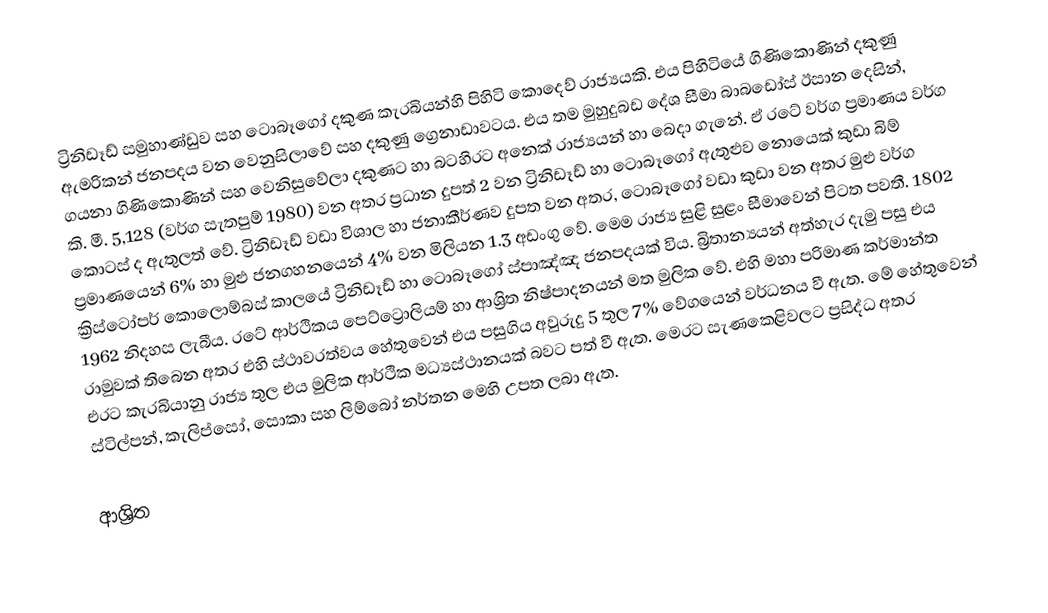
ට්‍රිනිඩෑඩ් සමුහාණ්ඩුව සහ ටොබෑගෝ දකුණ කැරබියන්හි පිහිටි කොදෙව් රාජ්‍යයකි. එය පිහිටියේ ගිණිකොණින් දකුණු ඇමරිකන් ජනපදය වන වෙනුසිලාවේ සහ දකුණු ග්‍රෙනාඩාවටය. එය තම මුහුදුබඩ දේශ සීමා බාබඩෝස් ඊසාන දෙසින්, ගයනා ගිණිකොණින් සහ වෙනිසුවේලා දකුණට හා බටහිරට අනෙක් රාජ්‍යයන් හා බෙදා ගැනේ. ඒ රටේ වර්ග ප්‍රමාණය වර්ග කි. මී. 5,128 (වර්ග සැතපුම් 1980) වන අතර ප්‍රධාන ‍දුපත් 2 වන ට්‍රිනිඩෑඩ් හා ටොබෑගෝ ඇතුළුව නොයෙක් කුඩා බිම් කොටස් ද ඇතුලත් වේ. ට්‍රිනිඩෑඩ් වඩා විශාල හා ජනාකීර්ණව දුපත වන අතර, ටොබෑගෝ වඩා කුඩා වන අතර මුළු වර්ග ප්‍රමාණයෙන් 6% හා මුළු ජනගහනයෙන් 4% වන මිලියන 1.3 අඩංගු වේ. මෙම රාජ්‍ය සුළි සුළං සීමාවෙන් පිටත පවතී. 1802 ක්‍රිස්ටෝපර් කොලොම්බස් කාලයේ ට්‍රිනිඩෑඩ් හා ‍ටොබෑගෝ ස්පාඤ්ඤ ජනපදයක් විය. බ්‍රිතාන්‍යයන් අත්හැර දැමු පසු එය 1962 නිදහස ලැබීය. රටේ ආර්ථිකය පෙට්ට්‍රොලියම් හා ආශ්‍රිත නිෂ්පාදනයන් මත මුලික වේ. එහි මහා පරිමාණ කර්මාන්ත ‍රාමුවක් තිබෙන අතර එහි ස්ථාවරත්වය හේතුවෙන් එය පසුගිය අවුරුදු 5 තුල 7% වේගයෙන් වර්ධනය වී ඇත. මේ හේතුවෙන් එරට කැරබියානු රාජ්‍ය තුල එය මුලික ආර්ථික මධ්‍යස්ථානයක් බවට පත් වී ඇත. මෙරට සැණකෙළිවලට ප්‍රසිද්ධ අතර ස්ටිල්පන්, කැලිප්සෝ, සොකා සහ ලිම්බෝ නර්තන මෙහි උපත ලබා ඇත.

ආශ්‍රිත